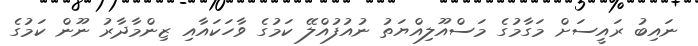
ނައިބު ރައީސަށް މަގާމުގެ މަސްއޫލިއްޔަތު ނުއުފުއްލޭ ކަމުގެ ވާހަކައާއި ޒިންމާދާރު ނޫން ކަމުގެ